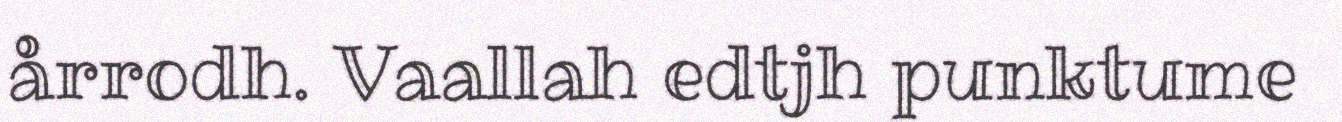
årrodh. Vaallah edtjh punktume